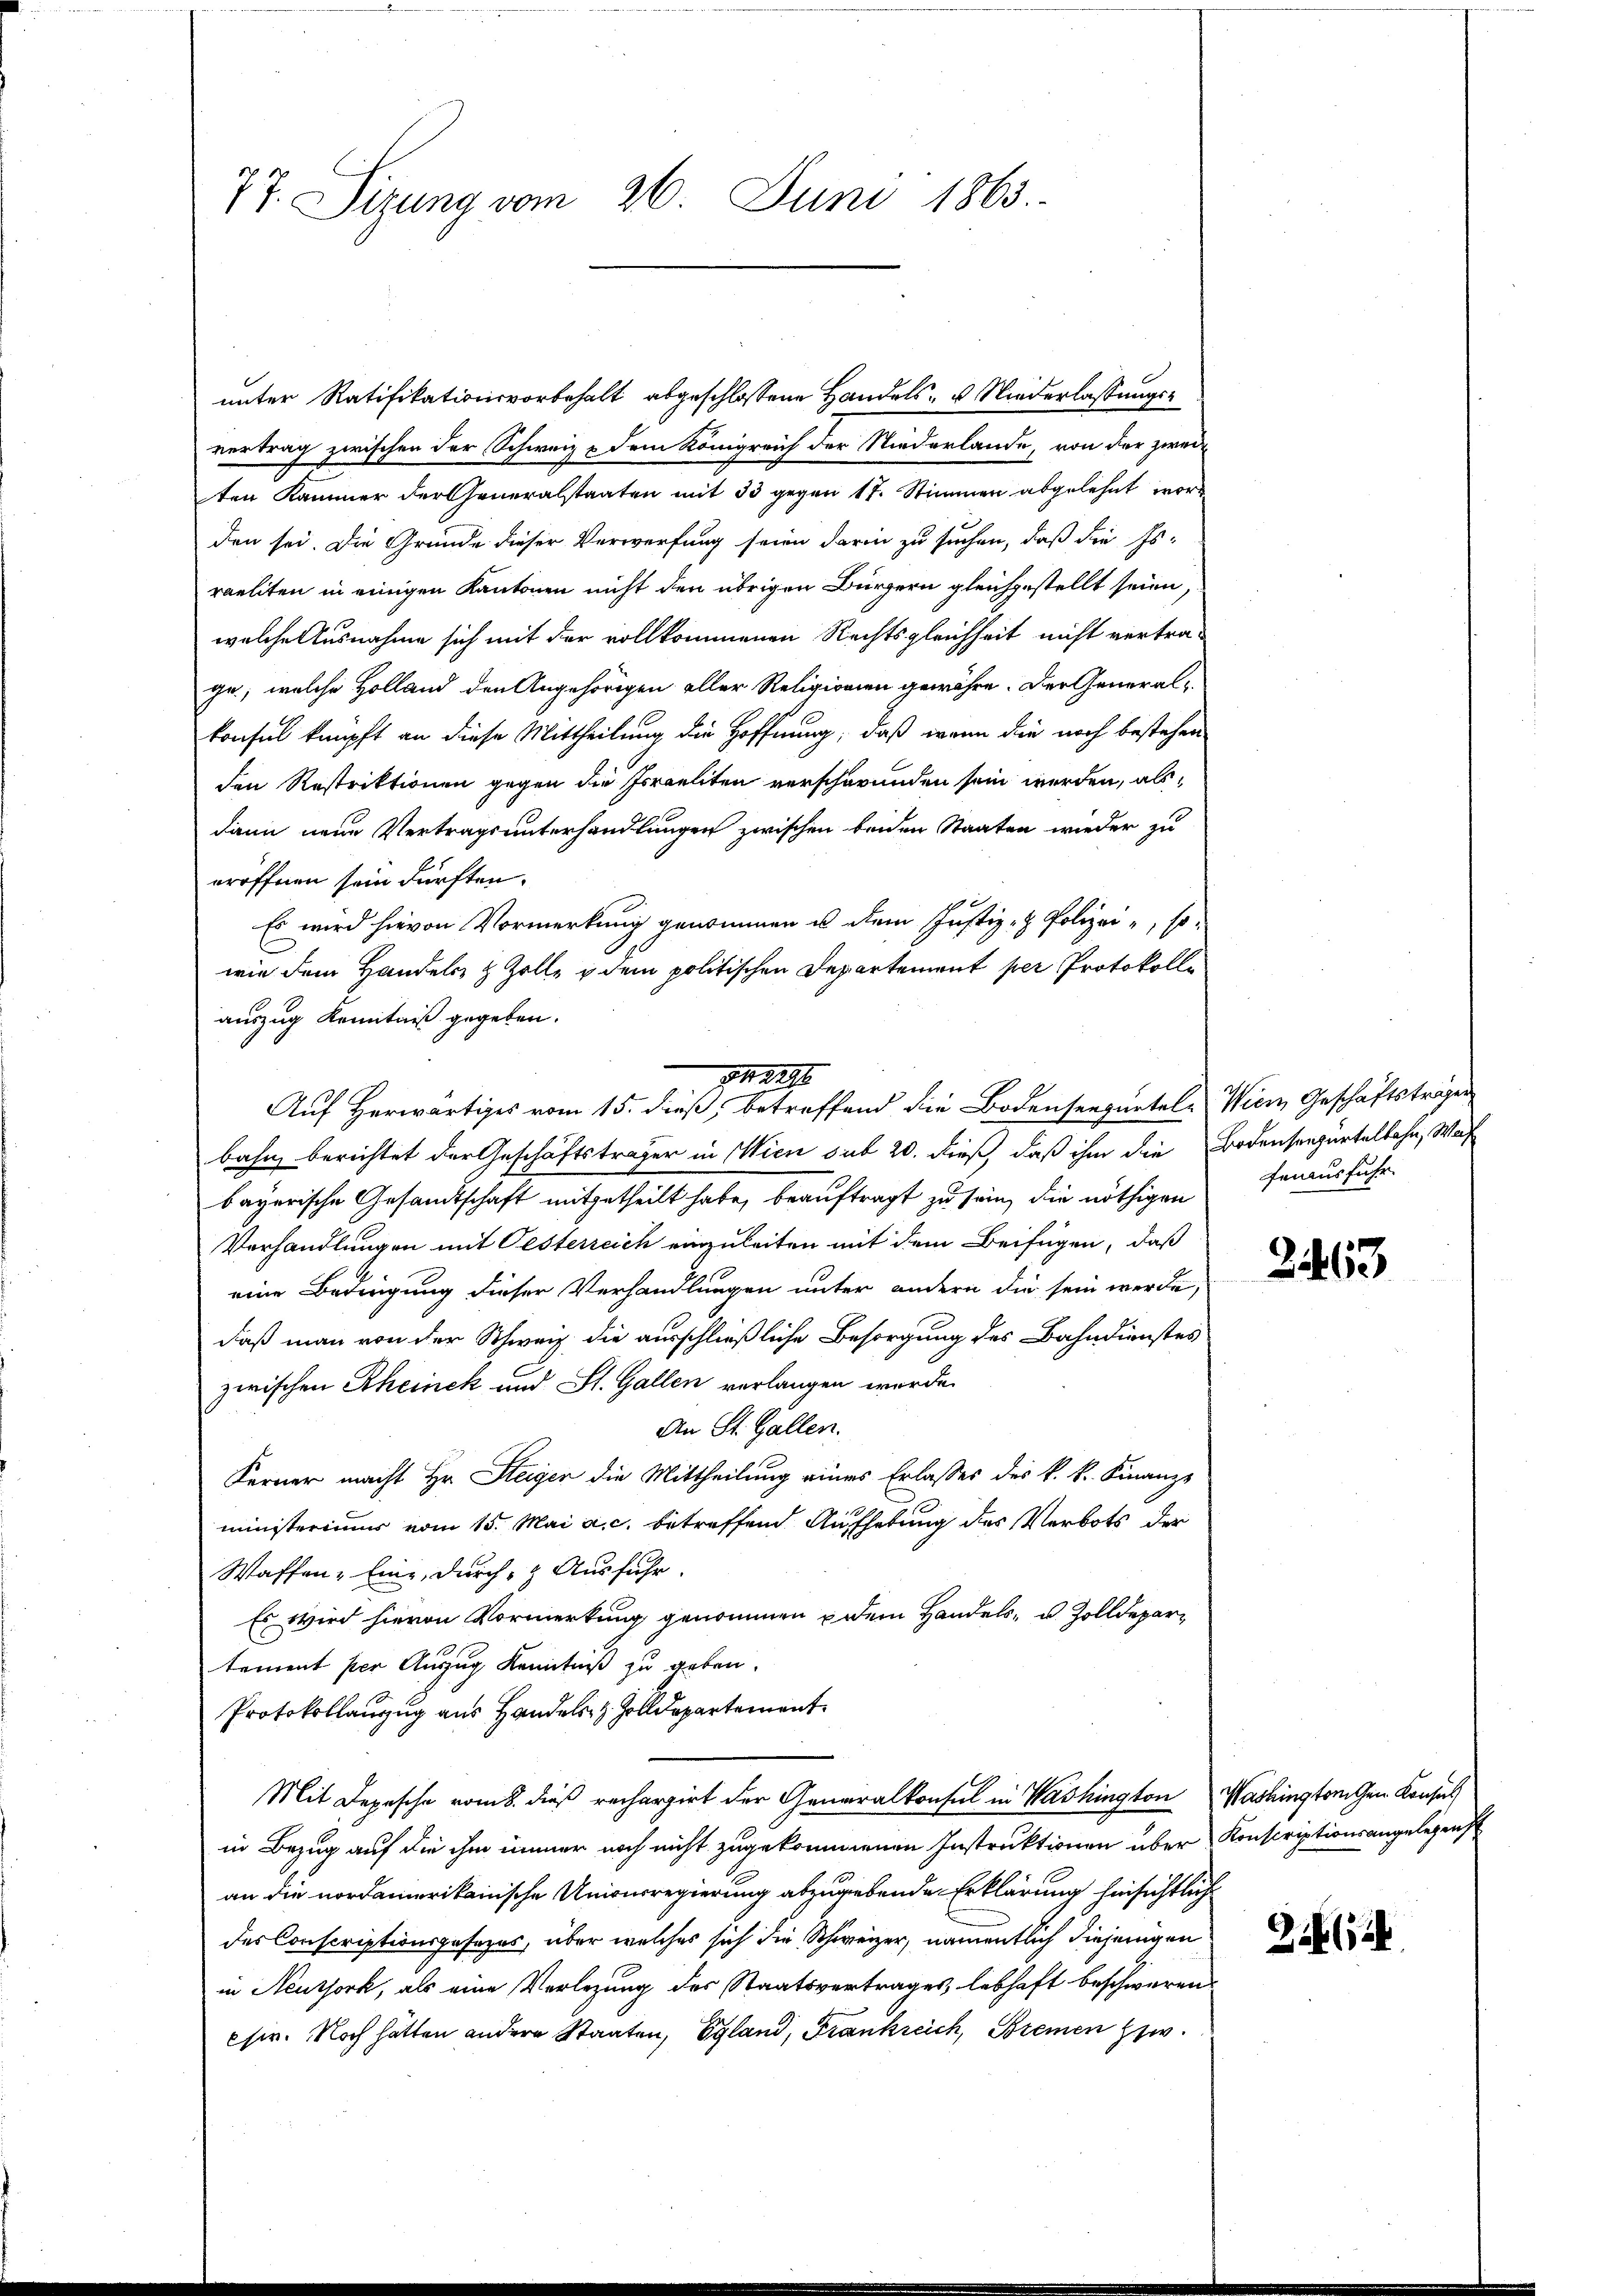
77. Sizung vom 26. Juni 1863.

unter Ratifikationsvorbehalt abgeschlossene Handels- u Niederlassungsvertrag zwischen der Schweiz & dem Königreich der Niederlande, von der zwei-
ten Kammer der Generalstaaten mit 33 gegen 17. Stimmen abgelehnt worden sei. Die Gründe dieser Verwerfung seien darin zu suchen, daß die Es-
raeliten in einigen Kantonen nicht den übrigen Bürgern gleichgestellt seien,
welche Ausnahme sich mit der vollkommenen Rechtsgleichheit nicht vertrage, welche Holland den Angehörigen aller Religionien gewähre. Der Generalkonsul knüpft an diese Mittheilung die Hoffnung, daß wenn die noch bestehen
den Restriktionen gegen die Israeliten verschwunden sein werden, als
dann neue Vertragsunterhandlungen zwischen beiden Staaten wieder zu
eröffnen sein dürften.
Es wird hievon Vormerkung genommen u dem Justiz- & Polizei, so
wie dem Handels & Zolle u dem politischen Departement per Protokolle
auszug Kenntniß gegeben.
bahn berichtet der Geschäftsträger in Wien sub 20. dieß daß ihm die Bodenseegürtelbahn, Waf
bayerische Gesandtschaft mitgetheilt habe, beauftragt zu sein, die nöthigen Fenausfuhr
Verhandlungen mit Oesterreich einzuleiten mit dem Beifügen, daß
eine Bedingung dieser Verhandlungen unter andern die sein werde,
daß man von der Schweiz die ausschließliche Besorgung des Bahndienstes
zwischen Rheinek und St. Gallen verlangen wurde.
An St. Gallen.
Ferner macht Hr. Steigen die Mittheilung eines Erlasses des k. k. Finanz-
ministeriums vom 15. Mai a. c. betreffend Aufhebung des Verbots der
Waffen - Eine, durch- & Ausfuhr.
Es wird hievon Vormerkung genommen u dem Handels- u. Zolldepartement per Auszug Kenntniß zu geben.
Protokollanzug aus Handels z. Zolldepartement
Mit Depesche vom 8. dieß rechargirt der Generalkonsul in Washington Washingtonischen Konsus
in Bezug auf die ihm immer noch nicht zugekommenen Instruktionen über Konscriptionsangelegens
an die nordamerikanische Unionsregierung abzugebende Erklärung hinsichtlich
des Conscriptionsgesezes, über welches sich die Schweizer, namentlich diejenigen
in Neuthork, als eine Verlegung des Staatsvertrages, lebhaft beschweren
esir. Noch hätten andere Staaten, Egland, Frankreich, Bremen zw

948240
Auf Herwärtiges vom 15. dieß, betreffend die Bodenseepurtel- Wien Geschäftsträgen

2463

Zei